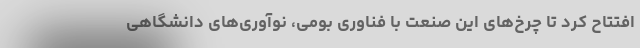
افتتاح کرد تا چرخ‌های این صنعت با فناوری بومی، نوآوری‌های دانشگاهی